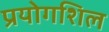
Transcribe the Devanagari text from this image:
प्रयोगशिल